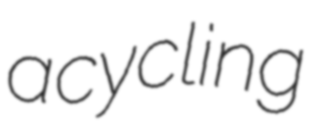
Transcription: a cycling